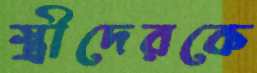
স্ত্রীদেরকে